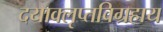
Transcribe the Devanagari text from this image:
दयाक्लृप्तविग्रहाय